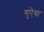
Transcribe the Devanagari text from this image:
गुऐबा